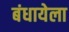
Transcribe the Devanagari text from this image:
बंधायेला